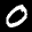
Label: 0